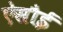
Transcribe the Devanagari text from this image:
ऐसौई